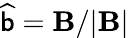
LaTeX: \widehat{{\sf b}}={\mathbf B}/|{\mathbf B}|